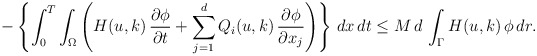
\begin{align*}-\left\{\int_{0}^{T}\int_{\Omega}\left(H(u,k)\,\frac{\partial\phi}{\partial t} + \displaystyle\sum_{j=1}^{d}Q_{i}(u,k)\,\frac{\partial\phi}{\partial x_{j}}\right)\right\}\,dx\,dt\leq M\,d\,\int_{\Gamma}H(u,k)\,\phi\,dr.\end{align*}